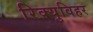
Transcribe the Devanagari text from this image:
रिक्युविहर